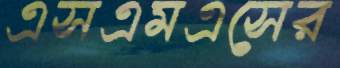
এসএমএসের